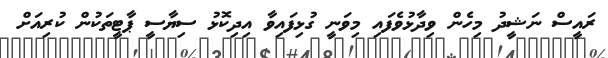
ރައީސް ނަޝީދު މިހެން ވިދާޅުވެފައި މިވަނީ ގުޅިފައިވާ އިދިކޮޅު ސިޔާސީ ޕާޓީތަކުން ކުރިއަށް